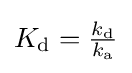
{\textstyle K_{\rm {d}}={k_{\rm {d}} \over k_{\rm {a}}}}